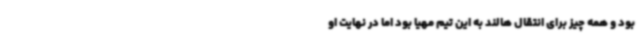
بود و همه چیز برای انتقال هالند به این تیم مهیا بود اما در نهایت او